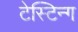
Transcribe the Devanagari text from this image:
टेस्टिन्ग